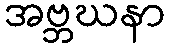
အဗ္ဘဃနာ